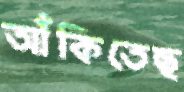
আঁকিতেছ